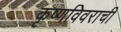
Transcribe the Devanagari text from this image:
कृष्णविवराची